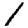
Digit: 1